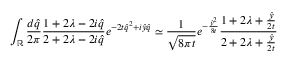
\int _ { \mathbb { R } } \frac { d \hat { q } } { 2 \pi } \frac { 1 + 2 \lambda - 2 i \hat { q } } { 2 + 2 \lambda - 2 i \hat { q } } e ^ { - 2 t \hat { q } ^ { 2 } + i \hat { y } \hat { q } } \simeq \frac { 1 } { \sqrt { 8 \pi t } } e ^ { - \frac { \hat { y } ^ { 2 } } { 8 t } } \frac { 1 + 2 \lambda + \frac { \hat { y } } { 2 t } } { 2 + 2 \lambda + \frac { \hat { y } } { 2 t } }